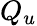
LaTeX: Q_{u}